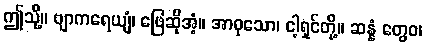
ဤသို့။ ဗျာကရေယျံ၊ ဖြေဆိုအံ့။ အာဝုသော၊ ငါ့ရှင်တို့။ ဆန္နံ တွေဝ၊